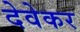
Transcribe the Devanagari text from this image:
देवेकर